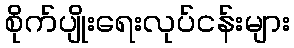
စိုက်ပျိုးရေးလုပ်ငန်းများ